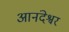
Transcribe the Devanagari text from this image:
आनंदेश्वर